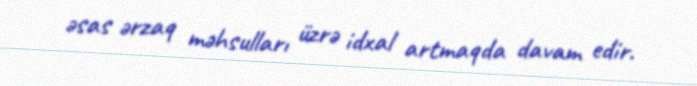
əsas ərzaq məhsulları üzrə idxal artmaqda davam edir.